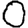
Digit: 0